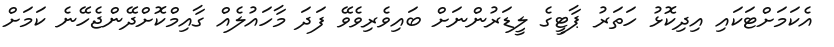
އެކަމަށްޓަކައި އިދިކޮޅު ހަތަރު ޕާޓީގެ ލީޑަރުންނަށް ބައިވެރިވެވޭ ފަދަ މާހައުލެއް ގާއިމްކޮށްދޭންޖެހޭނެ ކަމަށް